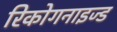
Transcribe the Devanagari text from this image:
रिकोगनाइज्ड